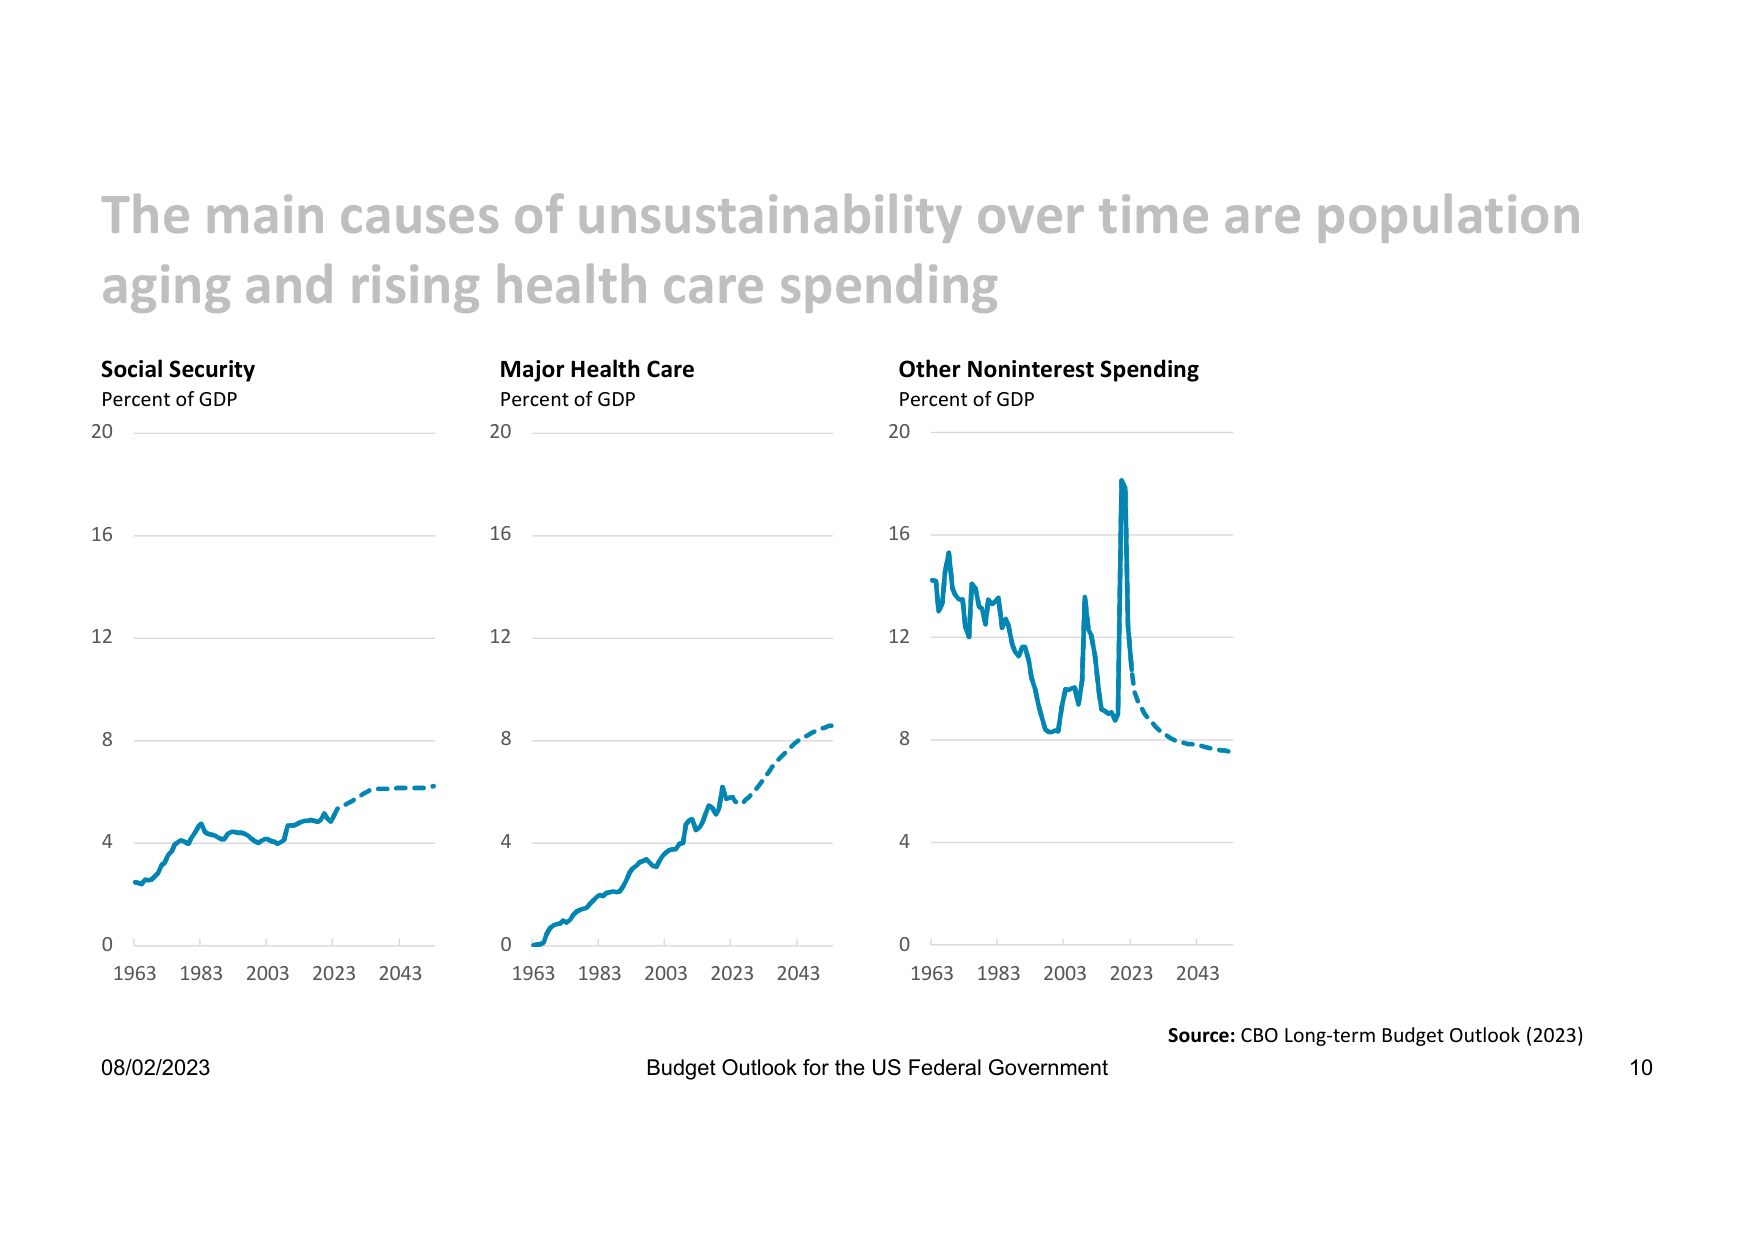
The main causes of unsustainability over time are population aging and rising health care spending

Social Security
Percent of GDP
20
16
12
8
4
0
1963 1983 2003 2023 2043

Major Health Care
Percent of GDP
20
16
12
8
4
0
1963 1983 2003 2023 2043

Other Noninterest Spending
Percent of GDP
20
16
12
8
4
0
1963 1983 2003 2023 2043

Source: CBO Long-term Budget Outlook (2023)

08/02/2023
Budget Outlook for the US Federal Government
10